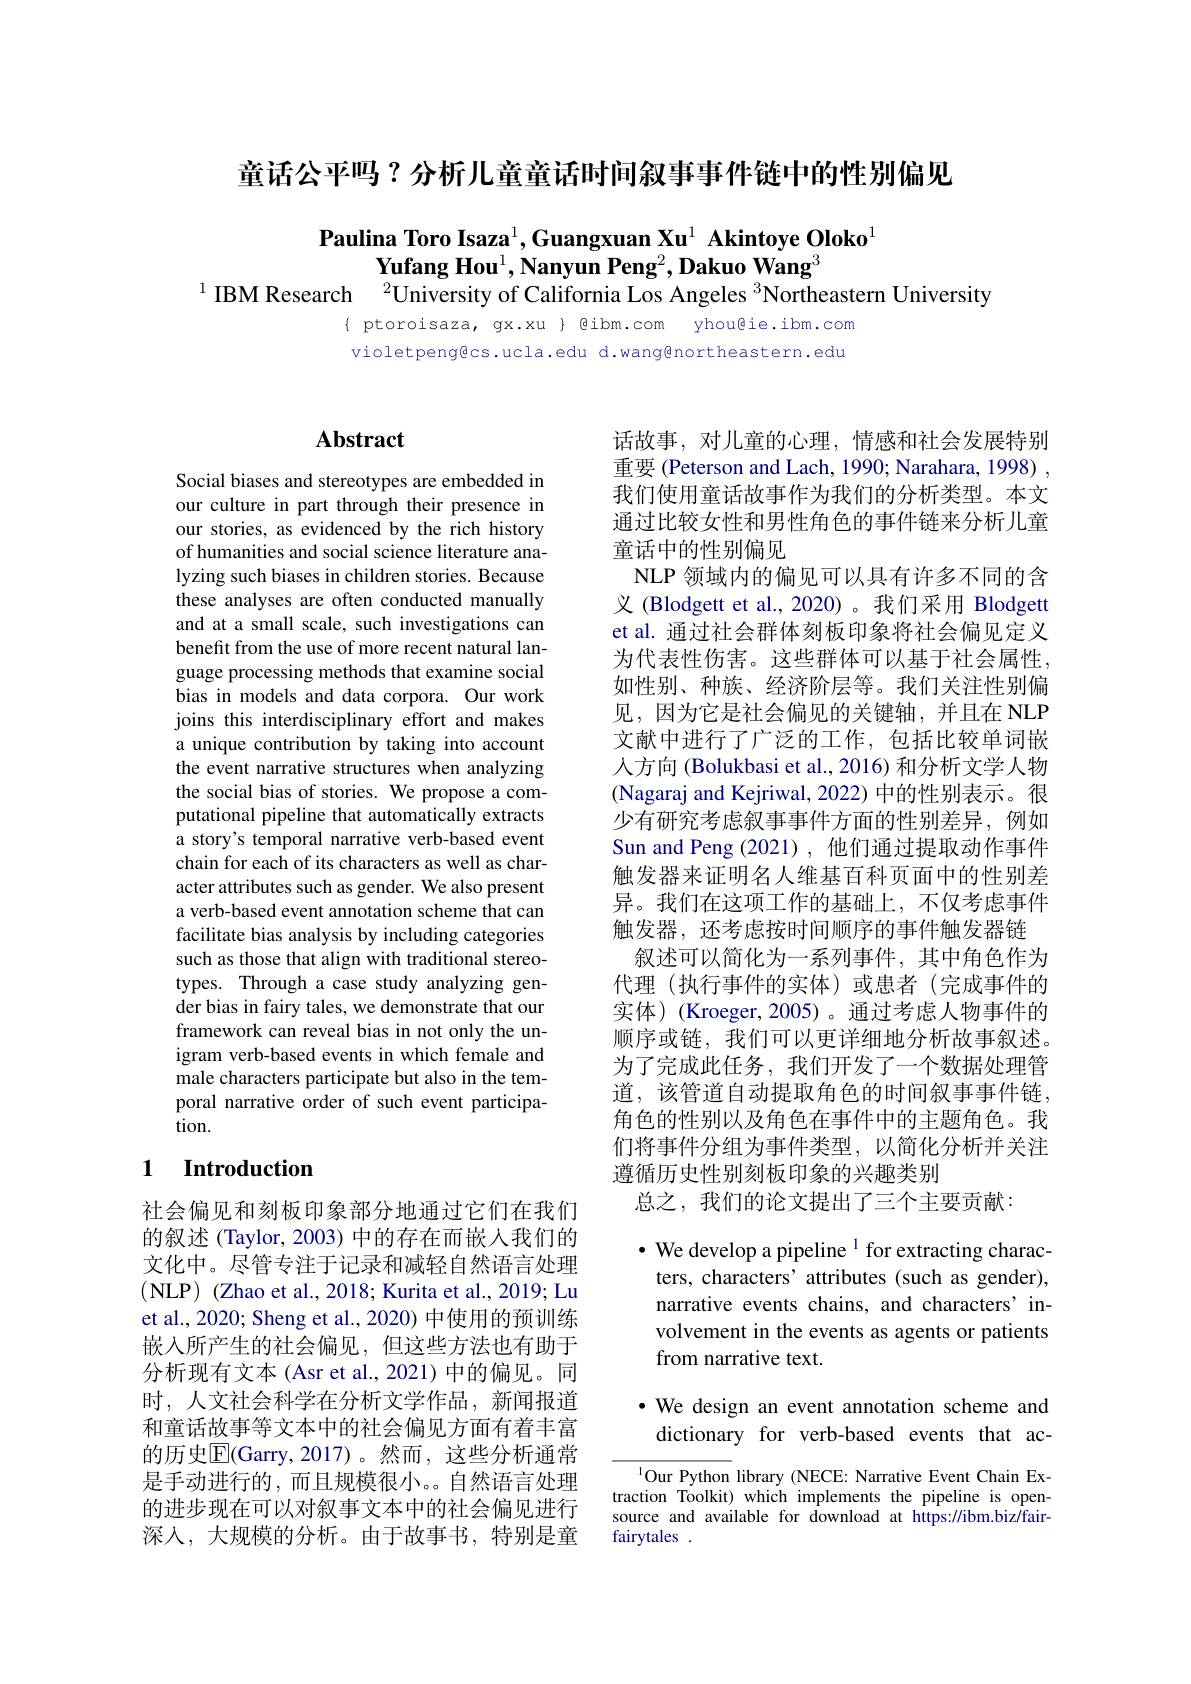
童话公平吗？分析儿童童话时间叙事事件链中的性别偏见

Paulina Toro Isaza$^1$,Guangxuan Xu$^1\textbf{Akintoye Oloko}^1$
$\textbf{Yufang Hou}^1,\textbf{Nanyun Peng}^2,\textbf{Dakuo Wang}^3$
$^{1}$ IBM Research $^{2}$University of California Los Angeles $^{3}$Northeastern University

$\{ ptoroisaza, gx.xu \} @ibm.com yhou@ie.ibm.com$ violetpengêcs.ucla.edu d.wangênortheastern.edu

## $\mathbf{Abstract}$

Social biases and stereotypes are embedded in our culture in part through their presence in our stories, as evidenced by the rich history of humanities and social science literature analyzing such biases in children stories. Because these analyses are often conducted manually and at a small scale, such investigations can benefit from the use of more recent natural language processing methods that examine social bias in models and data corpora. Our work joins this interdisciplinary effort and makes a unique contribution by taking into account the event narrative structures when analyzing the social bias of stories. We propose a computational pipeline that automatically extracts a story's temporal narrative verb-based event chain for each of its characters as well as character attributes such as gender. We also present a verb-based event annotation scheme that can facilitate bias analysis by including categories such as those that align with traditional stereotypes. Through a case study analyzing gender bias in fairy tales, we demonstrate that our framework can reveal bias in not only the unigram verb-based events in which female and male characters participate but also in the temporal narrative order of such event participation.

### 1 $\textbf{Introduction}$

社会偏见和刻板印象部分地通过它们在我们的叙述 (Taylor, 2003) 中的存在而嵌入我们的文化中。尽管专注于记录和减轻自然语言处理(NLP) (Zhao et al., 2018; Kurita et al., 2019; Lu et al., 2020; Sheng et al., 2020) 中使用的预训练嵌入所产生的社会偏见，但这些方法也有助于分析现有文本(Asr et al., 2021) 中的偏见。同时，人文社会科学在分析文学作品，新闻报道和童话故事等文本中的社会偏见方面有着丰富的历史$\overline{\mathrm{E}}($Garry,2017)。然而，这些分析通常是手动进行的，而且规模很小。。自然语言处理的进步现在可以对叙事文本中的社会偏见进行深入，大规模的分析。由于故事书，特别是童

话故事，对儿童的心理，情感和社会发展特别重要 (Peterson and Lach, 1990; Narahara, 1998) , 我们使用童话故事作为我们的分析类型。本文通过比较女性和男性角色的事件链来分析儿童童话中的性别偏见
NLP 领域内的偏见可以具有许多不同的含义 (Blodgett et al.,2020)。我们采用 Blodgett et al. 通过社会群体刻板印象将社会偏见定义为代表性伤害。这些群体可以基于社会属性， 如性别、种族、经济阶层等。我们关注性别偏见，因为它是社会偏见的关键轴，并且在 NLP 文献中进行了广泛的工作，包括比较单词嵌人方向 (Bolukbasi et al., 2016) 和分析文学人物(Nagaraj and Kejriwal, 2022) 中的性别表示。很少有研究考虑叙事事件方面的性别差异，例如Sun and Peng (2021),他们通过提取动作事件触发器来证明名人维基百科页面中的性别差异。我们在这项工作的基础上，不仅考虑事件触发器，还考虑按时间顺序的事件触发器链
叙述可以简化为一系列事件，其中角色作为代理(执行事件的实体)或患者(完成事件的实体)(Kroeger,2005)。通过考虑人物事件的顺序或链，我们可以更详细地分析故事叙述。为了完成此任务，我们开发了一个数据处理管道，该管道自动提取角色的时间叙事事件链， 角色的性别以及角色在事件中的主题角色。我们将事件分组为事件类型，以简化分析并关注遵循历史性别刻板印象的兴趣类别
总之，我们的论文提出了三个主要贡献：

$\bullet$ We develop a pipeline $^{1}$ for extracting characters, characters' attributes (such as gender), narrative events chains, and characters' involvement in the events as agents or patients from narrative text.

## ·We design an event annotation scheme and dictionary for verb-based events that ac-

$^{1}$Our Python library (NECE: Narrative Event Chain Extraction Toolkit) which implements the pipeline is opensource and available for download at https://ibm.biz/fairfairytales .